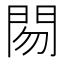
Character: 𰿜